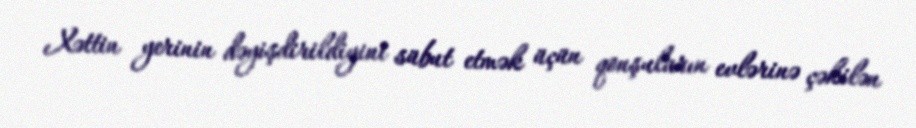
Xəttin yerinin dəyişdirildiyini sübut etmək üçün qonşuların evlərinə çəkilən